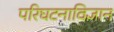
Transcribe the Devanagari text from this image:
परिघटनाविज्ञान